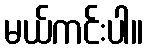
မယ်ကင်းပါ။